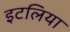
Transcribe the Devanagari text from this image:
इटलिया